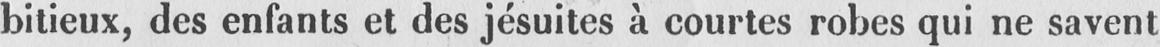
bitieux, des enfants et des jésuites à courtes robes qui ne savent